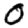
Digit: 0